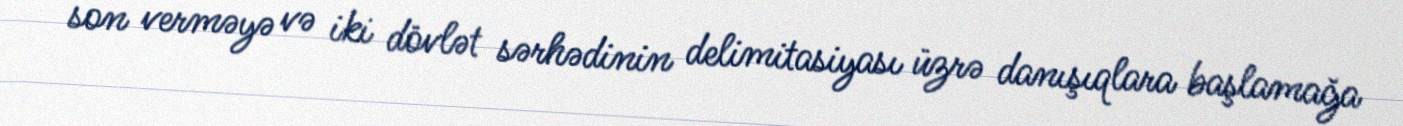
son verməyə və iki dövlət sərhədinin delimitasiyası üzrə danışıqlara başlamağa